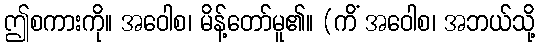
ဤစကားကို။ အဝေါစ၊ မိန့်တော်မူ၏။ (ကိံ အဝေါစ၊ အဘယ်သို့